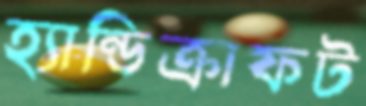
হ্যান্ডিক্রাফট